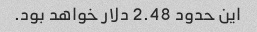
این حدود 2.48 دلار خواهد بود.